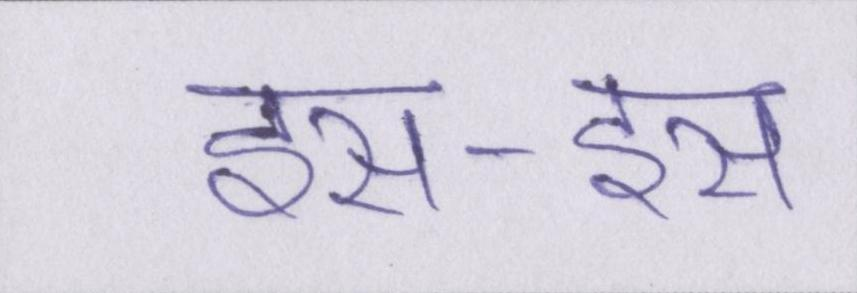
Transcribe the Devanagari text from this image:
इस-इस